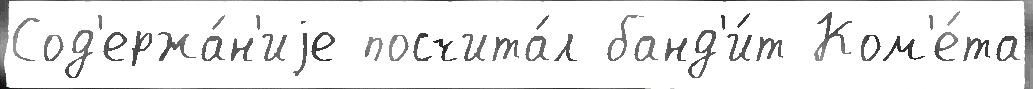
Сод'ержа́н'иjе посчита́л банд'и́т Ком'е́та